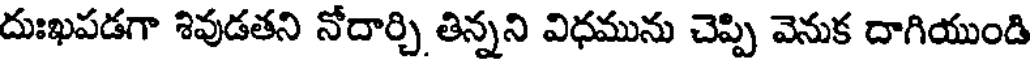
దుఃఖపడగా శివుడతని నోదార్చి తిన్నని విధమును చెప్పి వెనుక దాగియుండి